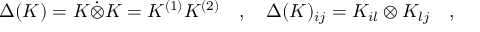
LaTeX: \Delta ( K ) = K \dot { \otimes } K = K ^ { ( 1 ) } K ^ { ( 2 ) } \quad , \quad \Delta ( K ) _ { i j } = K _ { i l } \otimes K _ { l j } \quad ,